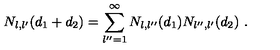
N _ { l , l ^ { \prime } } ( d _ { 1 } + d _ { 2 } ) = \sum _ { l ^ { \prime \prime } = 1 } ^ { \infty } N _ { l , l ^ { \prime \prime } } ( d _ { 1 } ) N _ { l ^ { \prime \prime } , l ^ { \prime } } ( d _ { 2 } ) \ .